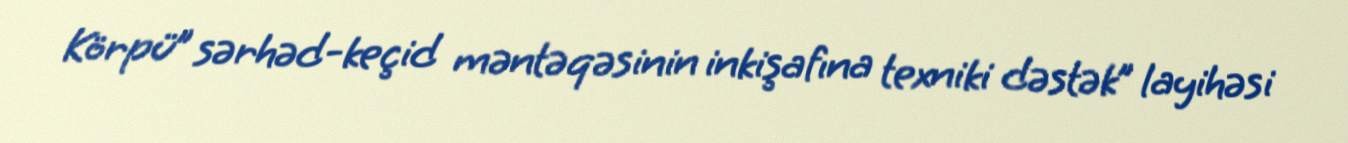
Körpü” sərhəd-keçid məntəqəsinin inkişafına texniki dəstək” layihəsi